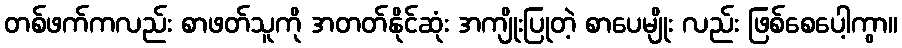
တစ်ဖက်ကလည်း စာဖတ်သူကို အတတ်နိုင်ဆုံး အကျိုးပြုတဲ့ စာပေမျိုး လည်း ဖြစ်စေပေါ့ကွာ။